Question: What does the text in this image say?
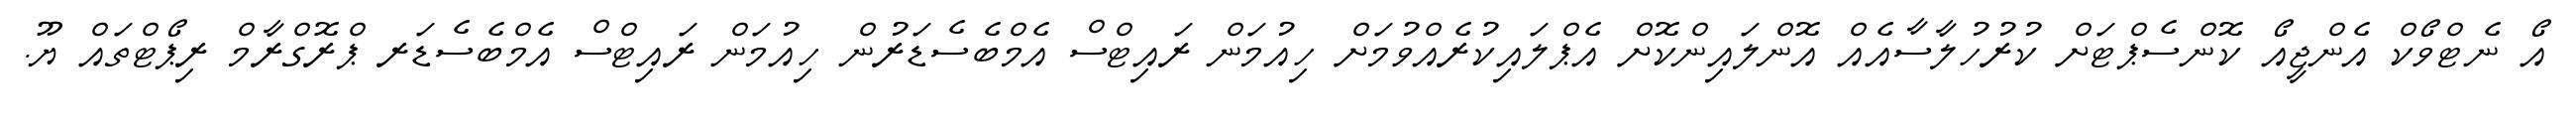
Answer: އޯ ނެޓްވޯކް އެންޖީއޯ ކޮންސެޕްޓަށް ކުރުހުލާސާއެއް އޮންލައިންކޮށް އެޕްލައިކުރެއްވުމަށް ހިއުމަން ރައިޓްސް އެމްބެސެޑަރުން ހިއުމަން ރައިޓްސް އެމްބެސެޑަރ ޕްރޮގްރާމް ރިޕޯޓްތައް ޔޫ.